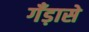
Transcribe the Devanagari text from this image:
गँड़ासे